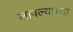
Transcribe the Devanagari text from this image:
लावल्याच्या